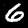
Label: 6